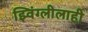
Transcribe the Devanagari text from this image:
झ्विंग्लीलाही